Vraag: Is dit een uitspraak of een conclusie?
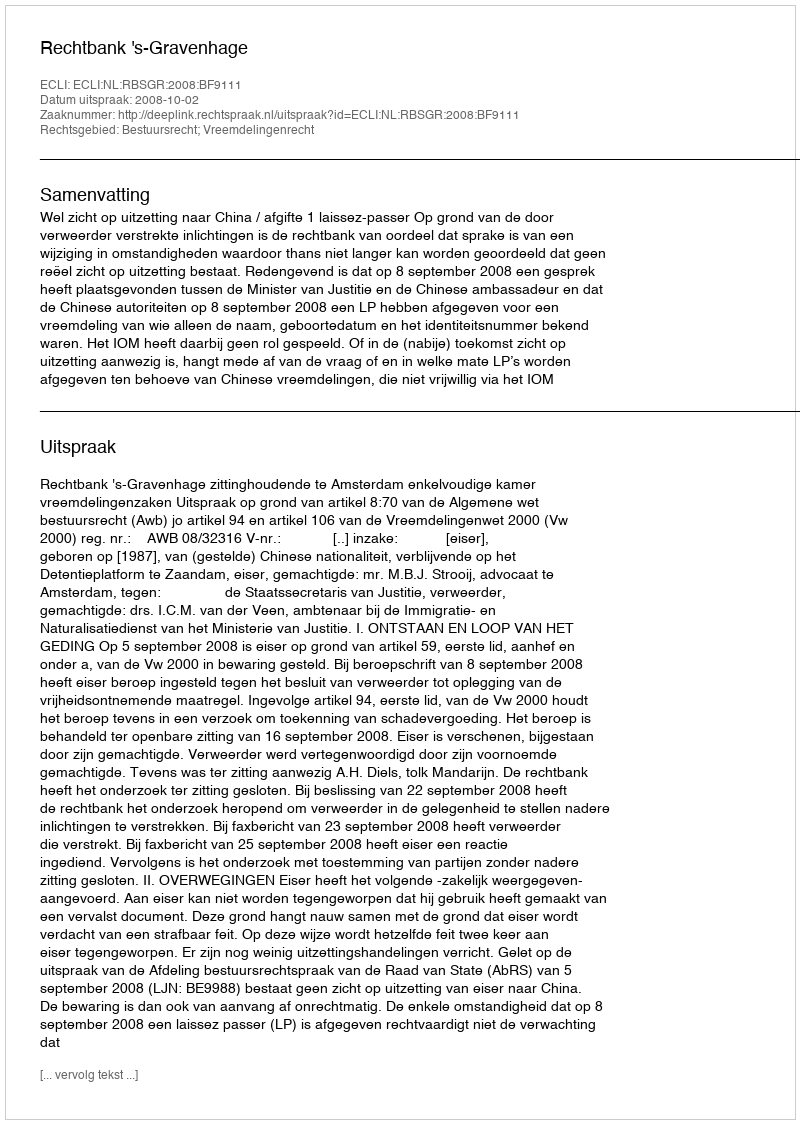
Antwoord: Uitspraak